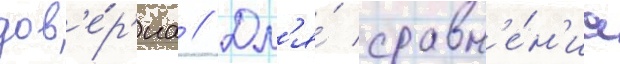
дов'е́р'иа // Дл'я́ сравн'е́н'иа